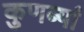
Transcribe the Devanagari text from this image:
कुणब्यां